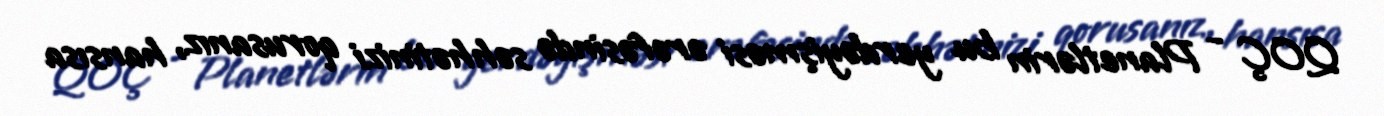
QOÇ - Planetlərin bu yerdəyişməsi ərəfəsində səhhətinizi qorusanız, hansısa